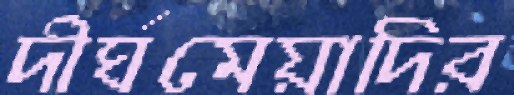
দীর্ঘমেয়াদির